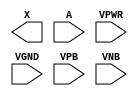
/**
 * Copyright 2020 The SkyWater PDK Authors
 *
 * Licensed under the Apache License, Version 2.0 (the "License");
 * you may not use this file except in compliance with the License.
 * You may obtain a copy of the License at
 *
 *     https://www.apache.org/licenses/LICENSE-2.0
 *
 * Unless required by applicable law or agreed to in writing, software
 * distributed under the License is distributed on an "AS IS" BASIS,
 * WITHOUT WARRANTIES OR CONDITIONS OF ANY KIND, either express or implied.
 * See the License for the specific language governing permissions and
 * limitations under the License.
 *
 * SPDX-License-Identifier: Apache-2.0
 */

`ifndef SKY130_FD_SC_LP__DLYGATE4S18_PP_BLACKBOX_V
`define SKY130_FD_SC_LP__DLYGATE4S18_PP_BLACKBOX_V

/**
 * dlygate4s18: Delay Buffer 4-stage 0.18um length inner stage gates.
 *
 * Verilog stub definition (black box with power pins).
 *
 * WARNING: This file is autogenerated, do not modify directly!
 */

`timescale 1ns / 1ps
`default_nettype none

(* blackbox *)
module sky130_fd_sc_lp__dlygate4s18 (
    X   ,
    A   ,
    VPWR,
    VGND,
    VPB ,
    VNB
);

    output X   ;
    input  A   ;
    input  VPWR;
    input  VGND;
    input  VPB ;
    input  VNB ;
endmodule

`default_nettype wire
`endif  // SKY130_FD_SC_LP__DLYGATE4S18_PP_BLACKBOX_V